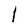
Character: 1